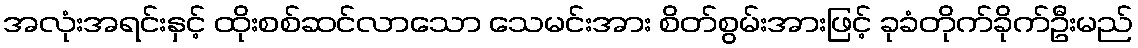
အလုံးအရင်းနှင့် ထိုးစစ်ဆင်လာသော သေမင်းအား စိတ်စွမ်းအားဖြင့် ခုခံတိုက်ခိုက်ဦးမည်